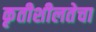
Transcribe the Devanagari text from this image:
कृतीशीलतेचा